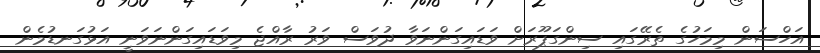
އަހްސަން މިމަހުގެ ތެރޭގައި ސިންގަޕޫރަށް ވަޑައިގަންނަވާ ދުވަސް ވަރު ރާއްޖެ މިވަޑައިގަންނަވަނީ އަޅުގަނޑުމެން